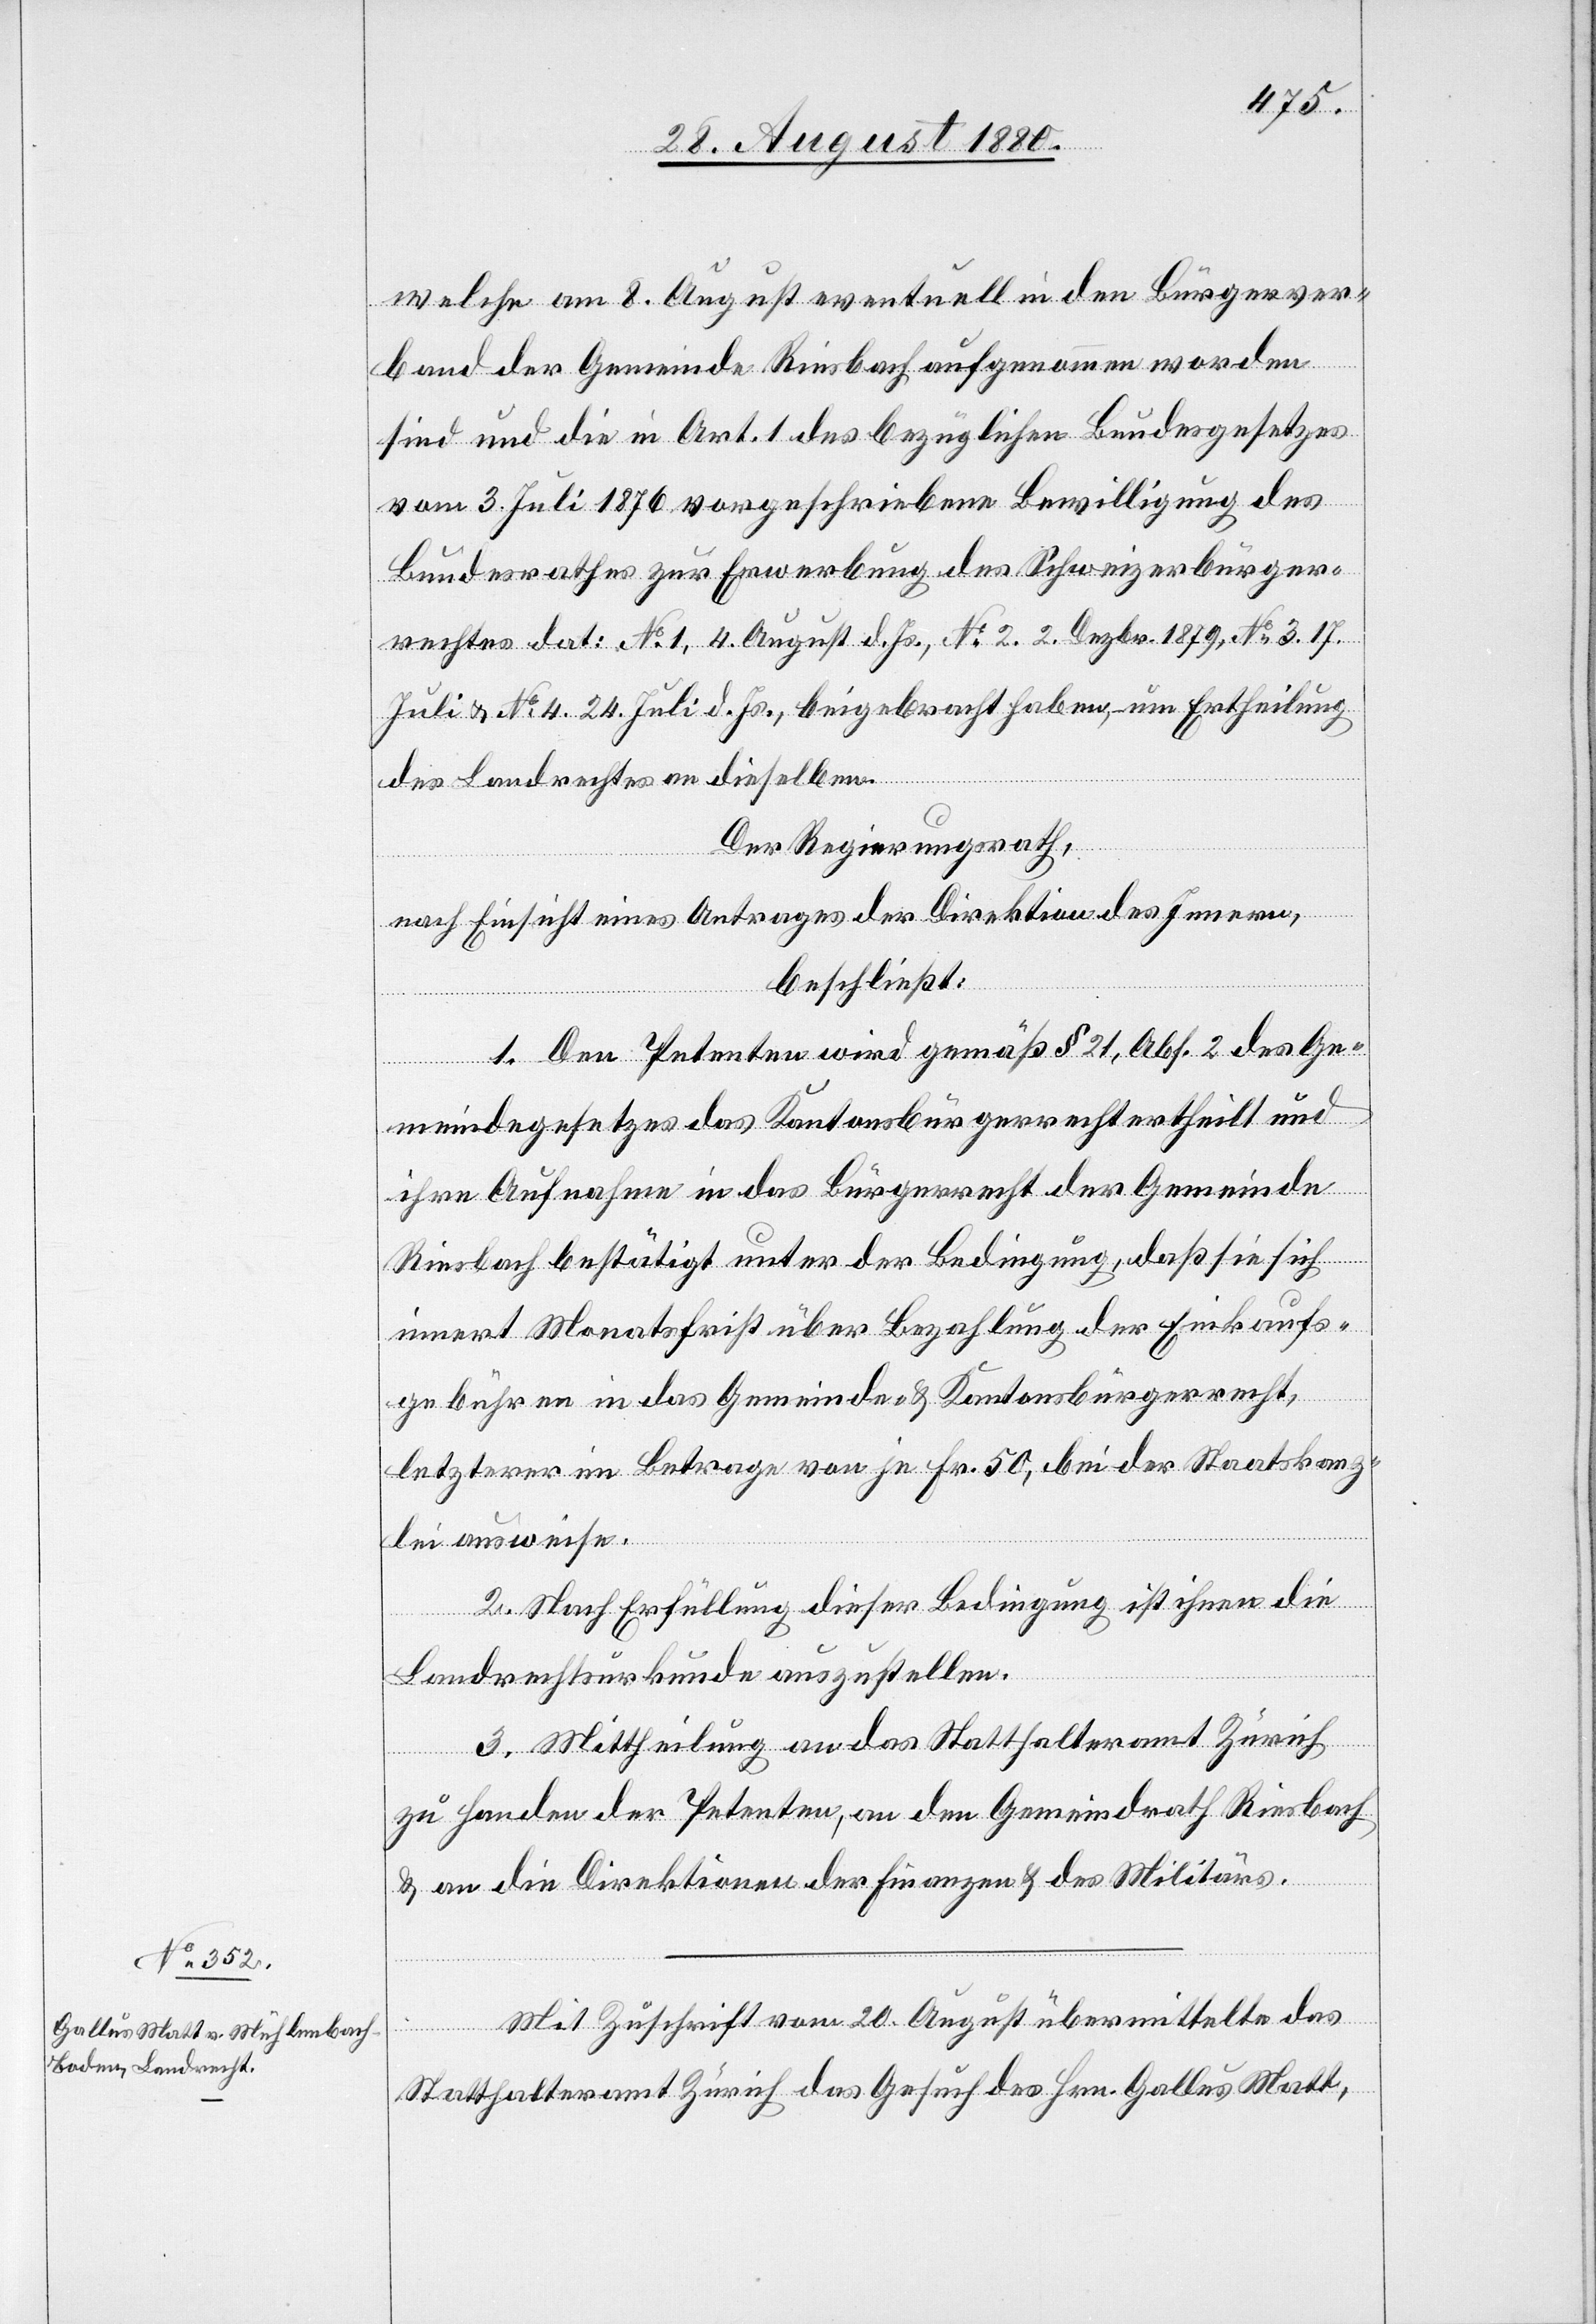
welche am 8. August eventuell in den Bürgerver¬
band der Gemeinde Riesbach aufgenommen worden
sind und die in Art. 1 des bezüglichen Bundesgesetzes
vom 3. Juli 1876 vorgeschriebenen Bewilligung des
Bundesrathes zur Erwerbung des Schweizerbürger¬
rechtes dat: No 1, 4. August d. Js., No 2. 2. Dezbr. 1879, No 3. 17.
Juli & No 4. 24. Juli d. Js., beigebracht haben, um Ertheilung
des Landrechtes an dieselben.
Der Regierungsrath,
nach Einsicht eines Antrages der Direktion des Innern,
beschließt:
1. Den Petenten wird gemäß § 21, Abs. 2 des Ge¬
meindegesetzes das Kantonsbürgerrecht ertheilt und
ihre Aufnahme in das Bürgerrecht der Gemeinde
Riesbach bestätigt unter der Bedingung, daß sie sich
innert Monatsfrist über Bezahlung der Einkaufs¬
gebühren in das Gemeinde- & Kantonsbürgerrecht,
letzterer im Betrage von je Fr. 50, bei der Staatskanz¬
lei ausweise.
2. Nach Erfüllung dieser Bedingung ist ihnen die
Landrechtsurkunde auszustellen.
3. Mittheilung an das Statthalteramt Zürich
zu Handen der Petenten, an den Gemeindrath Riesbach
& an die Direktion der Finanzen & des Militärs.
Mit Zuschrift vom 20. August übermittelte das
Statthalteramt Zürich das Gesuch es Hrn. Gallus Matt,